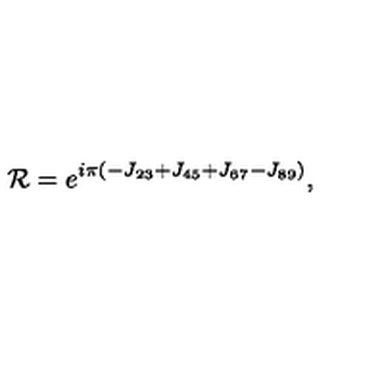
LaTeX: { \cal R } = e ^ { i \pi \left( - J _ { 2 3 } + J _ { 4 5 } + J _ { 6 7 } - J _ { 8 9 } \right) } ,